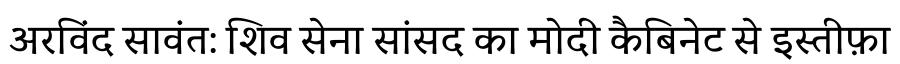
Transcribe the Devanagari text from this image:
अरविंद सावंत: शिव सेना सांसद का मोदी कैबिनेट से इस्तीफ़ा